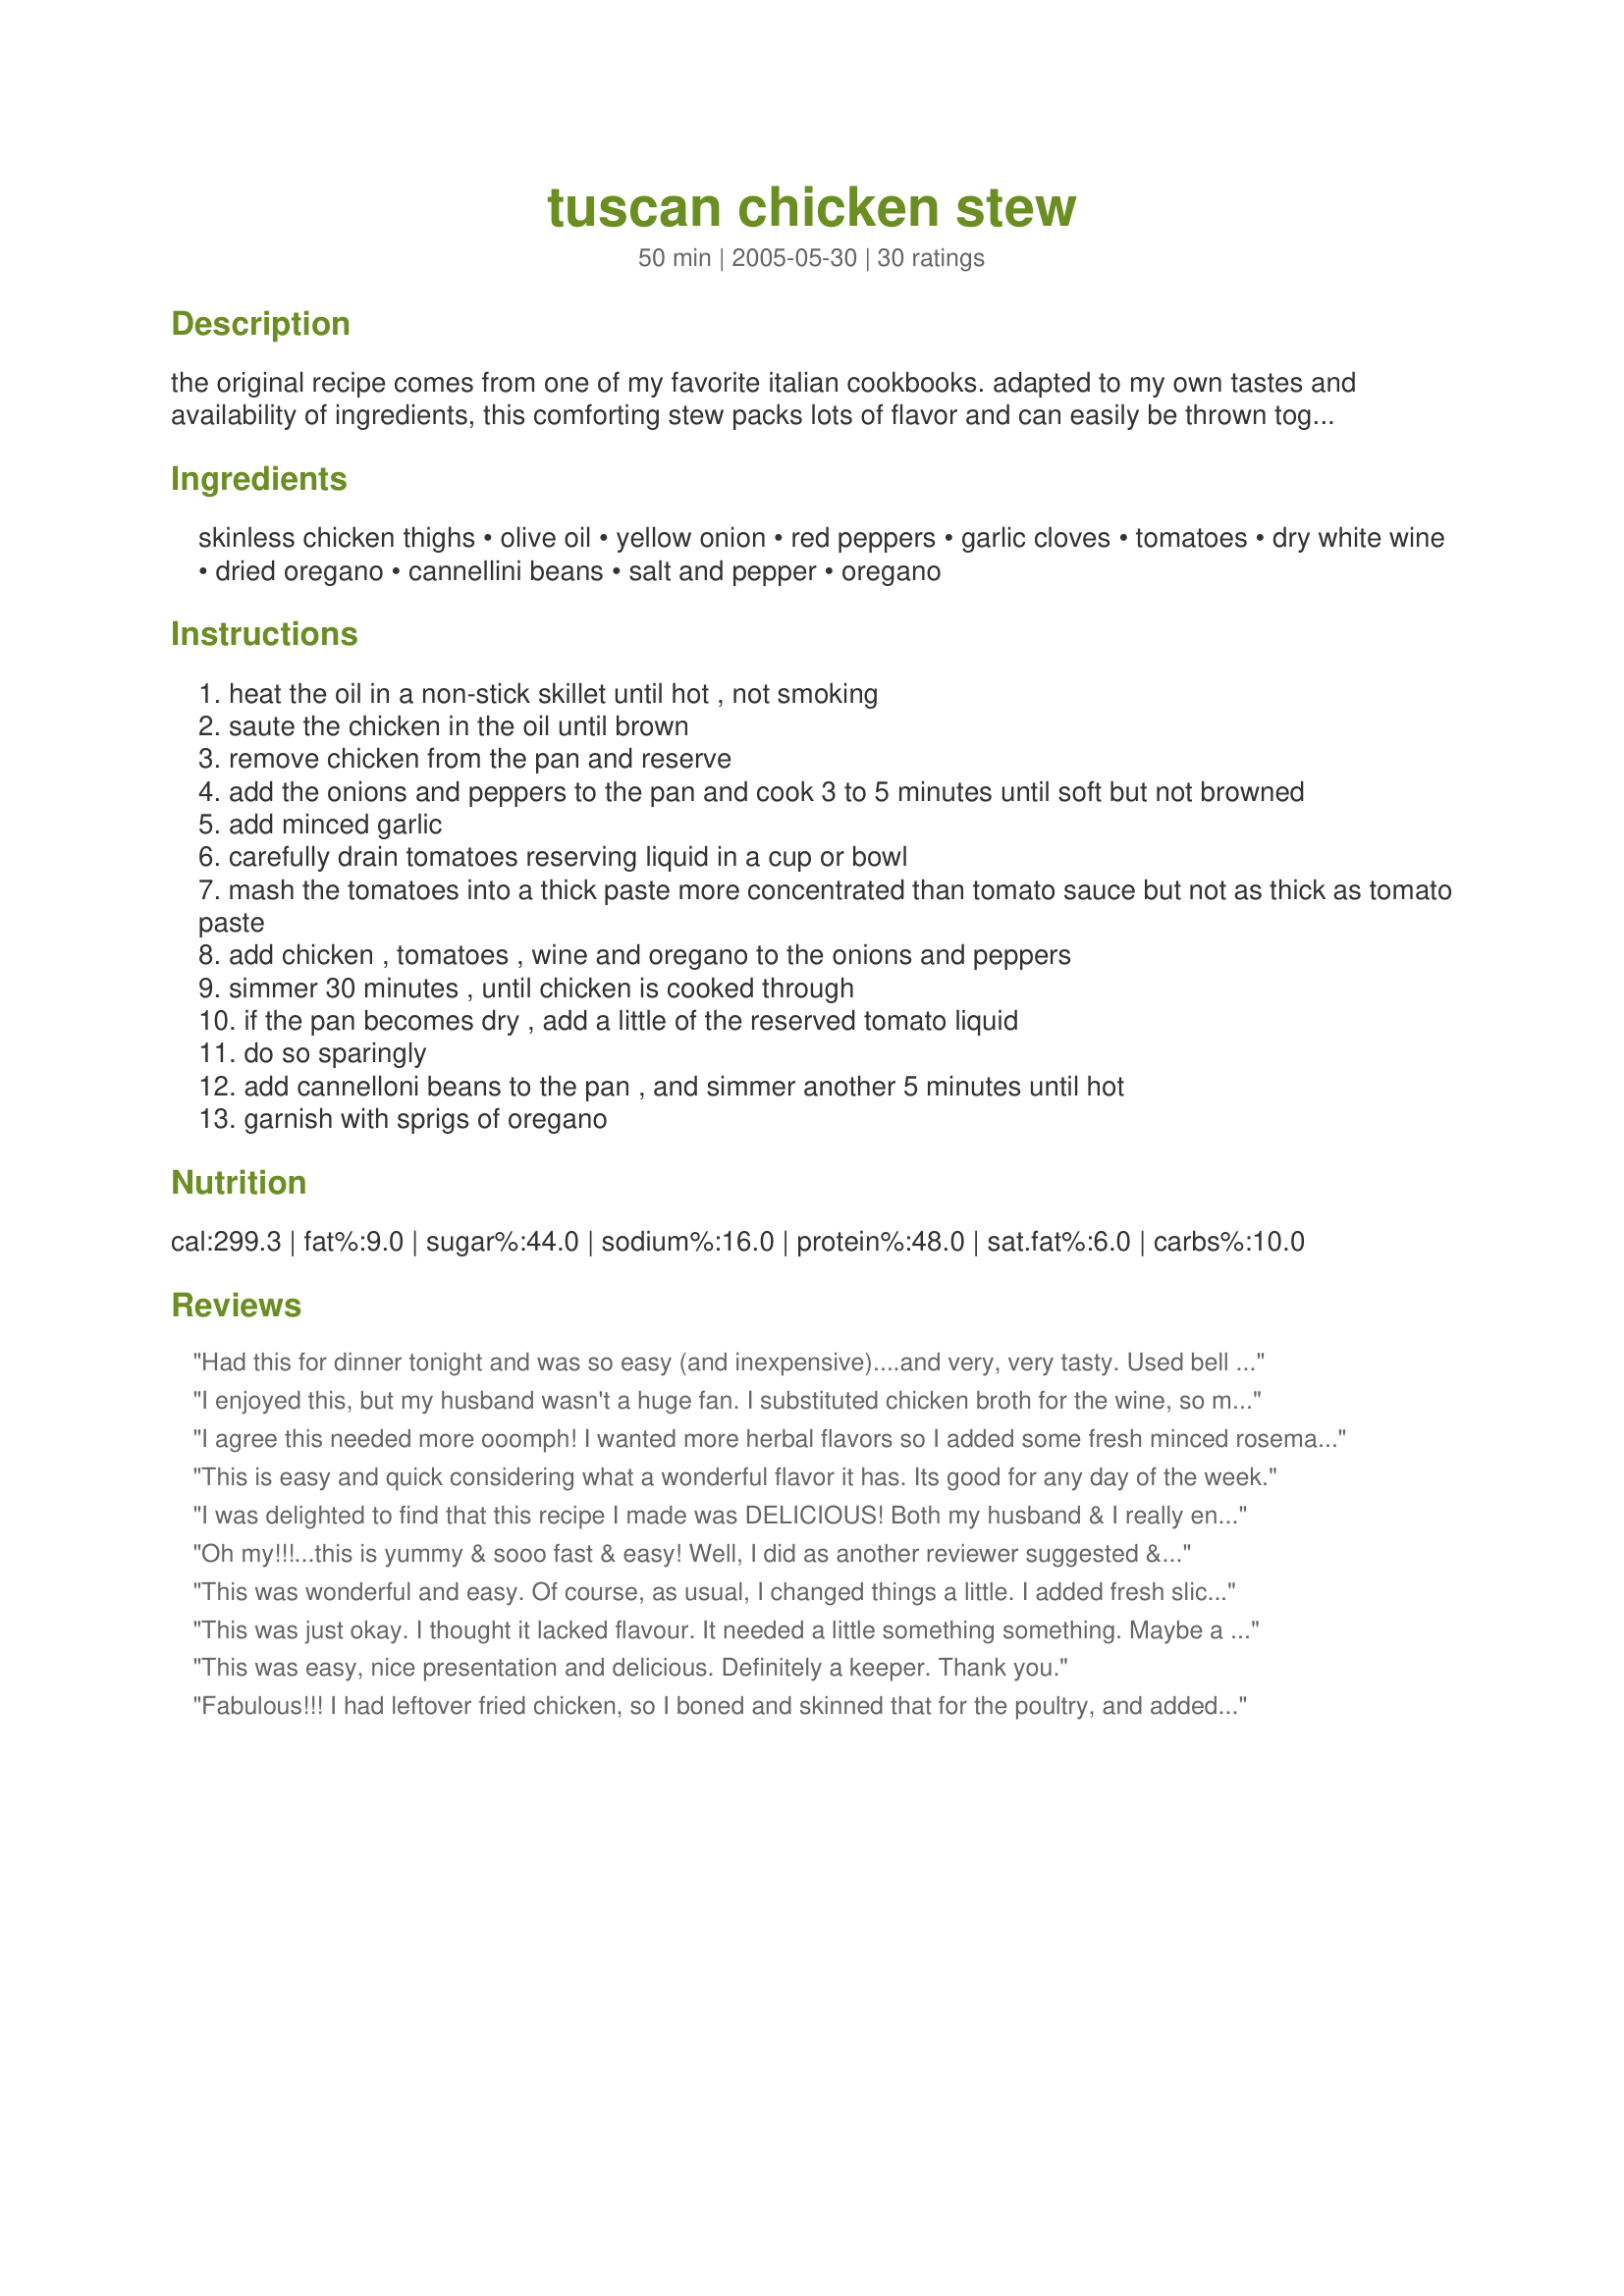
tuscan chicken stew
Preparation time: 50 minutes

the original recipe comes from one of my favorite italian cookbooks. adapted to my own tastes and availability of ingredients, this comforting stew packs lots of flavor and can easily be thrown together for a mid-week meal. i usually serve mine with a nice green salad on the side.

Ingredients:
skinless chicken thighs, olive oil, yellow onion, red peppers, garlic cloves, tomatoes, dry white wine, dried oregano, cannellini beans, salt and pepper, oregano

Steps:
heat the oil in a non-stick skillet until hot , not smoking
saute the chicken in the oil until brown
remove chicken from the pan and reserve
add the onions and peppers to the pan and cook 3 to 5 minutes until soft but not browned
add minced garlic
carefully drain tomatoes reserving liquid in a cup or bowl
mash the tomatoes into a thick paste more concentrated than tomato sauce but not as thick as tomato paste
add chicken , tomatoes , wine and oregano to the onions and peppers
simmer 30 minutes , until chicken is cooked through
if the pan becomes dry , add a little of the reserved tomato liquid
do so sparingly
add cannelloni beans to the pan , and simmer another 5 minutes until hot
garnish with sprigs of oregano

Reviews:
Had this for dinner tonight and was so easy (and inexpensive)....and very, very tasty. Used bell pepper, as was what I had on hand, but it worked out great. Next time will add some olives. Thanks for sharing.
I enjoyed this, but my husband wasn't a huge fan. I substituted chicken broth for the wine, so maybe it would have been better had I followed the recipe exactly! I still may make this for myself again sometime!
I agree this needed more ooomph! I wanted more herbal flavors so I added some fresh minced rosemary and thyme and an extra clove of garlic. Crushed red pepper flakes added to the dish helped spice it up some. Topped with a little parmesan and it was very good. Next time I will add some greens like spinach at the end to make this a super healthy dish.
This is easy and quick considering what a wonderful flavor it has. Its good for any day of the week.
I was delighted to find that this recipe I made was DELICIOUS! Both my husband & I really enjoyed the meal! Thank you for this recipe. I'm on a no grain/no potato diet and this fit right in beautifully and tasted wonderful!
Oh my!!!...this is yummy & sooo fast & easy! Well, I did as another reviewer suggested & instead of the red peppers, I used spinach, green beans, & rosemary (peppers bother me). I make a full recipe, divide into portions, & freeze. Excellent for those days I don't have time to cook. Thank you justcallmetoni for sharing!
This was wonderful and easy. Of course, as usual, I changed things a little. I added fresh sliced mushrooms and zucchini, only used 1 pepper, and didn't add wine, but added broth instead because of my family's taste. For myself, I would add the wine. I think it would be great to add some sausage to make it kind of like a cassoulet.
This was just okay. I thought it lacked flavour. It needed a little something something. Maybe a stick of bacon or some olives. Not sure what was missing.
This was easy, nice presentation and delicious. Definitely a keeper. Thank you.
Fabulous!!! I had leftover fried chicken, so I boned and skinned that for the poultry, and added every kind of fresh veggie I had in the refrigerator. I used more garlic, some fresh basil, and the fire roasted canned tomatoes. Since I had more vegetables than it called for, and my guy likes his stew in a thicker sauce, I took the drained liquid from the tomatoes and heated it up separately, then added cornstarch. It was amazing, and we will certainly be having it again!
I was a little leery because it didn't seem to be seasoned much but we really enjoyed this. Mine might have turned out thinner than it was supposed to as I cooked it in the dutch oven with the lid on. Be sure to have some crusty bread available to sop up all the yummy juices.
A simple and straight-forward recipe that can be adapted pretty easily. We had this last night, I just added red chile flakes as someone else suggested and it tasted fine. Olives would be good too or topped with parmesan.
This was wonderful! Since I did not have chicken thighs, I boiled breasts in water, which I then used as the broth; only had crushed tomatoes and didn't have cantaloni beans so used black beans. Conclusion: the basic bones of this recipe are so good that you can make a lot of substitutions and not ruin it.
Nice, healthy stew! I'll definitely make this again! I skipped the peppers (not a big fan), added some spinach, green beans, and crushed dried Rosemary. This made a very hearty meal! Thanks for the recipe!
Wonderful flavours and looks great on the plate.
Simple to put together and enjoyed by all.
Thanks for sharing.
This was very flavourful and filling. I made it as a supper for my family, mom and dad and brother and sister in law. Everyone enjoyed it including my two and three year olds. I am not a pepper fan so only put in one but added spinach, mushrooms and zuchinni. Also had a few italian sausages so threw those in as well. I made it in the slow cooker on high for three hours after browning the meat. I served it with fresh bread to mop up the juices. The next day had a little left over so threw in some brown rice to pad it out. It was a hit again. My three year old have renamed it big and strong stew because it is going to make him grow big and strong like his daddy! Will definatley be making this again probably once a week. Thank you very much for a delicious family meal.
Wow! This was absolutely delicious. It's definitely something I will make again and again. Thanks!
This Recipe was delicious! I used 4 cloves of garlic and sauted the onions with red chili flakes and 1/2tsp of brown sugar. I also added fresh spinach leaves with the beans and topped it off with a couple pinches of parmesan cheese, so good! will definitely make this again, thanks for the recipe!
This was a nice start, but to my taste needed a lot more oomph. By the time I was done, I doubled the salt, garlic, and oregano and had added spinach and kidney beans. With parmesan cheese on top, it was quite nice. Thank you for the recipe.
We really loved this! We followed the directions, but added olives like some suggested. It was fabulous, my wife had 3 servings! Next time we might add some kale in it. Thank you for a great recipe.
Great Chicken Stew, loving Tuscan recipes this recipe made for a wonderful meal.(yes it looks a good as it tastes!) Other then using chicken breasts I made as written and we enjoyed every bite! This is one recipe that will be seeing a good many makings in our kitchen. Thank you for sharing.
Wonderful flavor and simple to prepare. My DH doesn't care for beans generally (and actually turned up his nose when I added them), but I think the cannellini beans really set this recipe off. They add a creamy richness to the dish. (BTW DH took the leftovers for lunch the next day). I made this recipe as written except, since we were doing other things, I let it simmer longer and it still turned out great. Thanks for a great recipe.
Very nice dish, Toni! I used one green and one red pepper. I had to use kidney beans instead of cannellini beans, but it made it colorful and tasted great. The only thing I'll do different next time is add some red pepper flakes for a little zip. Made for ZWT4.
This was delicious! I had to use green peppers which I thought worked very well, no doubt that red would be even better! Thanks! I'll be making this again for sure!
This was excellent! I have already passed it on to friends. Will make it again.
Very simple and satisfying! I used 1 red pepper and 1 yellow, as that was what was on hand, and the stew was so visually appealing! I made it the day before serving and was real glad I did, because the flavor improved enormously after sitting in the fridge overnight. Along with a tossed green salad and garlic cheese toast, this made a lovely meal on a wet and gloomy November night. Thanks so much for sharing, Toni!
This wasn't what I was expecting. It wasn't bad but the flavor wasn't what I expected. The sauce was too thin and it wasn't as flavorful and I would have liked. Maybe adding additional herbs & spices may help. Maybe substitute chicken broth for white wine. I don't think I would make again. Sorry.
Needs a little more flavor. It was good but not great.
So far this is the best stew I have made from Zaar! Wonderful flavors and quite beautiful. Very easy recipe that is packed with flavors that really meld well together. I recommend this stew to everyone looking for a nice hearty stew with perfect flavors. Thanks Toni!
This was absolutely wonderful. Now that my hubby and I are getting on in years, we don't eat anywhere near as much as we used to. This was such a delicious and filling stew with plenty of different tastes. Plus, it was easy to make. Jean in Tallahassee
